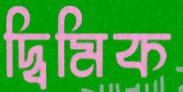
দ্বিমিক